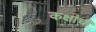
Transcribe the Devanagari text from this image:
कक्षांची